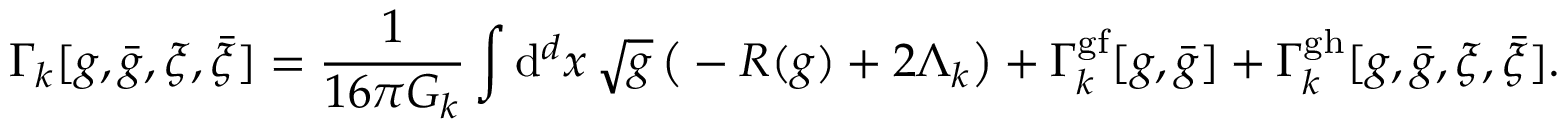
\Gamma _ { k } [ g , { \bar { g } } , \xi , { \bar { \xi } } ] = { \frac { 1 } { 1 6 \pi G _ { k } } } \int { \mathrm { d } } ^ { d } x \, { \sqrt { g } } \, { \big ( } - R ( g ) + 2 \Lambda _ { k } { \big ) } + \Gamma _ { k } ^ { \mathrm { g f } } [ g , { \bar { g } } ] + \Gamma _ { k } ^ { \mathrm { g h } } [ g , { \bar { g } } , \xi , { \bar { \xi } } ] .